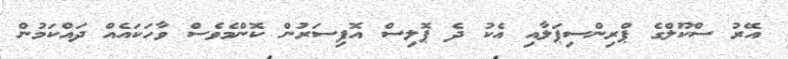
އޭރު ސްކޫލްގެ ޕްރިންސިޕަލާއި އެކު ދެ ޕޮލިސް އޮފިސަރުން ކޮންމެވެސް ވާހަކައެއް ދައްކަމުން